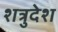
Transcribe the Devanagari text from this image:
शत्रुदेश